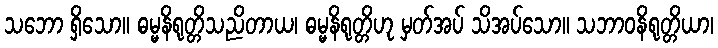
သဘော ရှိသော။ ဓမ္မနိရုတ္တိသညိတာယ၊ ဓမ္မနိရုတ္တိဟု မှတ်အပ် သိအပ်သော။ သဘာဝနိရုတ္တိယာ၊